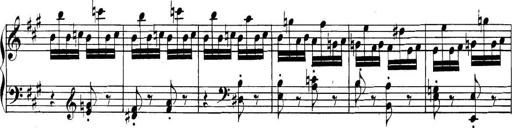
Title: Collected Piano Sonatas
Composer: Muzio Clementi